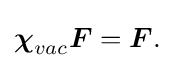
{\textstyle {\boldsymbol {\chi }}_{vac}{\boldsymbol {F}}={\boldsymbol {F}}.}